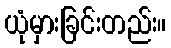
ယုံမှားခြင်းတည်း။